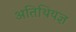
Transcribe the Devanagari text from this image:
अतिथियज्ञ